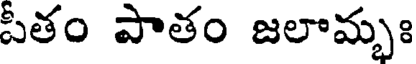
పీతం పాతం జలామ్భః